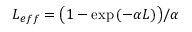
L _ { e f f } = \big ( 1 - \exp { ( - \alpha L ) } \big ) / \alpha